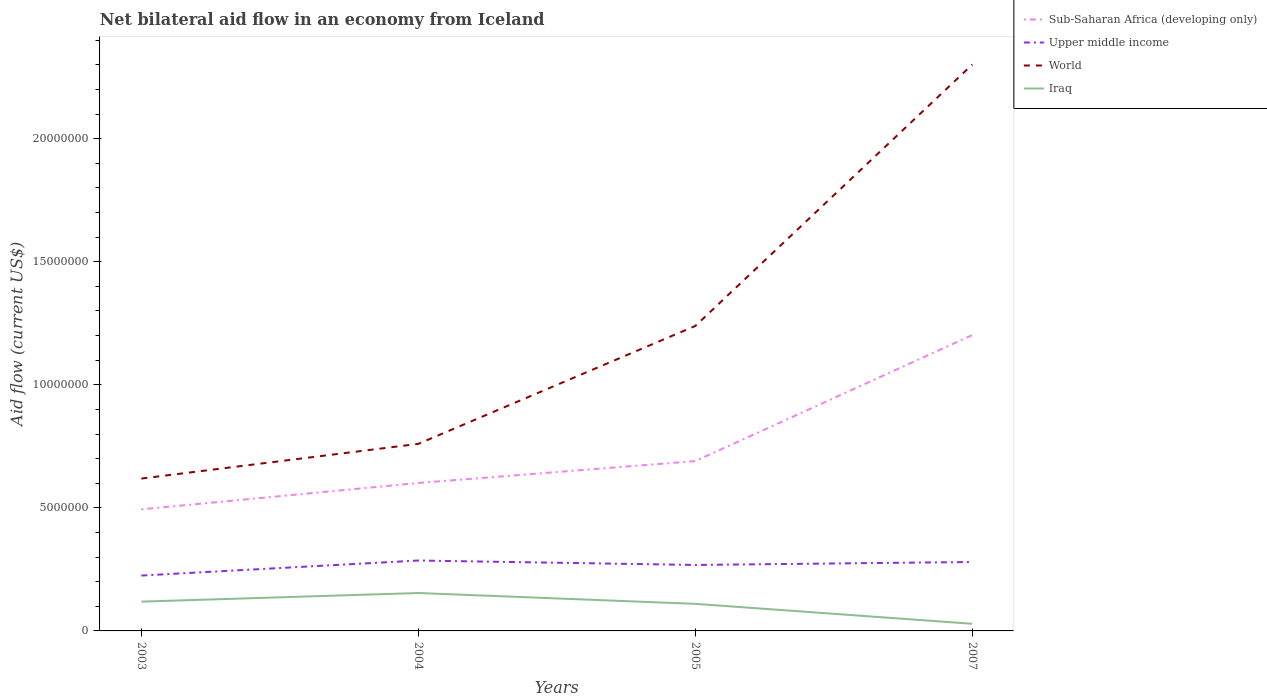
| Years | Sub-Saharan Africa (developing only) | Upper middle income | World | Iraq |
 | --- | --- | --- | --- | --- |
 | 2003 | 4.94e+06 | 2.25e+06 | 6.19e+06 | 1.19e+06 |
 | 2004 | 6.01e+06 | 2.86e+06 | 7.6e+06 | 1.54e+06 |
 | 2005 | 6.9e+06 | 2.68e+06 | 1.24e+07 | 1.1e+06 |
 | 2007 | 1.2e+07 | 2.8e+06 | 2.3e+07 | 2.9e+05 |